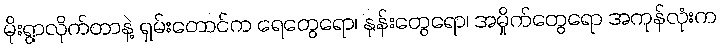
မိုးရွာလိုက်တာနဲ့ ရှမ်းတောင်က ရေတွေရော၊ နုန်းတွေရော၊ အမှိုက်တွေရော အကုန်လုံးက